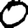
Digit: 0